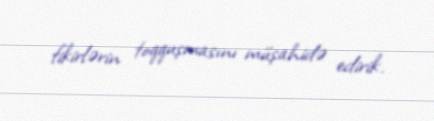
fikirlərin toqquşmasını müşahidə edirik.